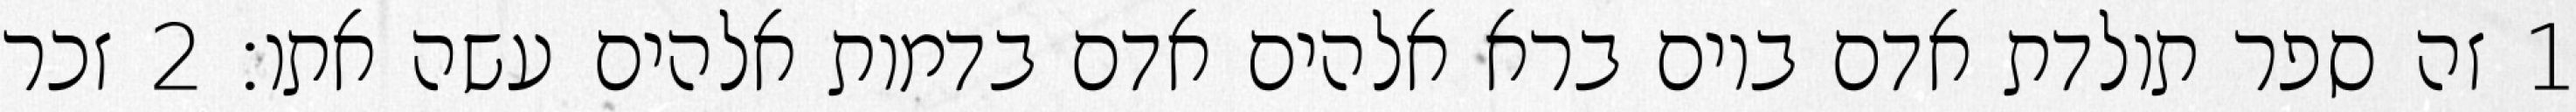
1 זה ספר תולדת אדם ביום ברא אלהים אדם בדמות אלהים עשה אתו׃ ‎2‏ זכר